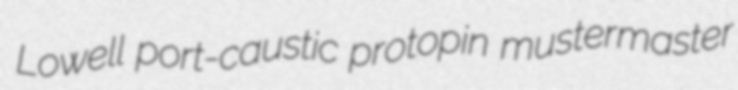
Lowell port-caustic protopin mustermaster